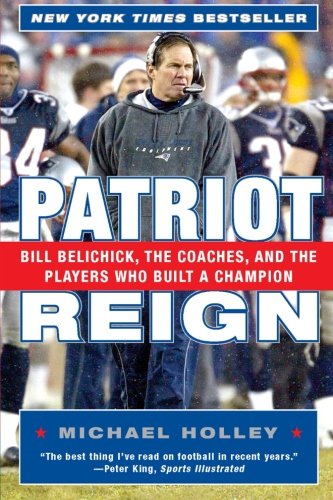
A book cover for Patriot Reign: Bill Belichick, the Coaches, and the Players Who Built a Champion; Michael Holley; Biographies & Memoirs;